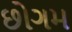
છોગમ